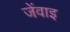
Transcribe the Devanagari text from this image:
जेंवाइ